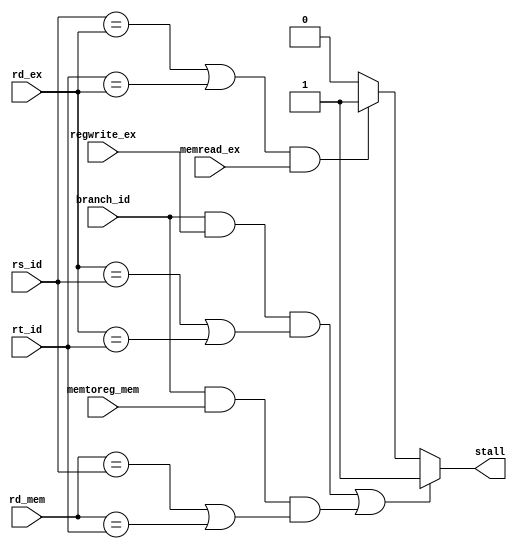
module hazardDetectionUnit(input memtoreg_mem, input branch_id, input regwrite_ex, input memread_ex, input [4:0] rd_ex, 
                            input [4:0] rd_mem, input [4:0] rs_id, input [4:0] rt_id, output reg stall);
    
    //WRITE YOUR CODE HERE
    always @(*) begin
        stall = 0;

        if((rs_id==rd_ex || rt_id==rd_ex) && memread_ex) stall=1'b1;

        if ( (branch_id && regwrite_ex && (rd_ex == rs_id || rd_ex == rt_id)) || (branch_id && memtoreg_mem && (rd_mem == rs_id || rd_mem == rt_id)) ) stall=1'b1;
    end

endmodule